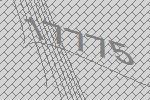
17775